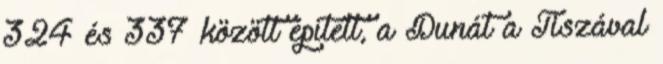
324 és 337 között épített, a Dunát a Tiszával